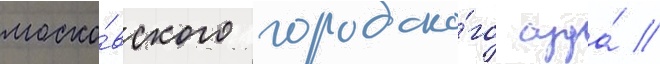
моско́вского городско́го суда́ /